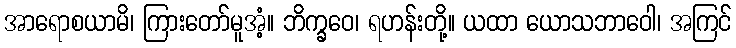
အာရောစယာမိ၊ ကြားတော်မူအံ့။ ဘိက္ခဝေ၊ ရဟန်းတို့။ ယထာ ယောသဘာဝေါ၊ အကြင်